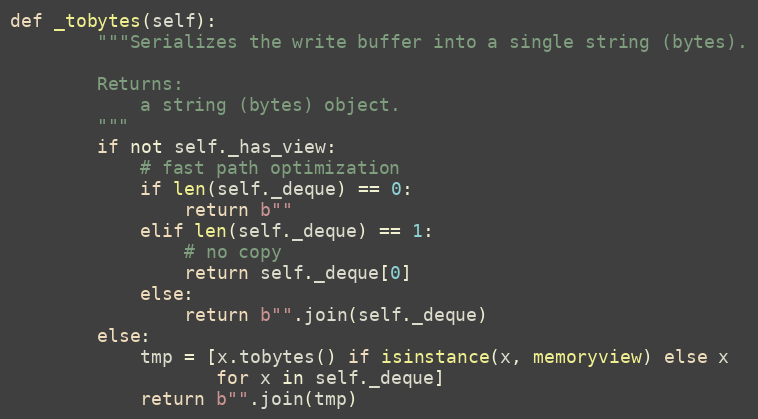
Language: Python
def _tobytes(self):
        """Serializes the write buffer into a single string (bytes).

        Returns:
            a string (bytes) object.
        """
        if not self._has_view:
            # fast path optimization
            if len(self._deque) == 0:
                return b""
            elif len(self._deque) == 1:
                # no copy
                return self._deque[0]
            else:
                return b"".join(self._deque)
        else:
            tmp = [x.tobytes() if isinstance(x, memoryview) else x
                   for x in self._deque]
            return b"".join(tmp)